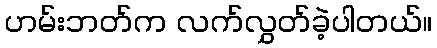
ဟမ်းဘတ်က လက်လွှတ်ခဲ့ပါတယ်။